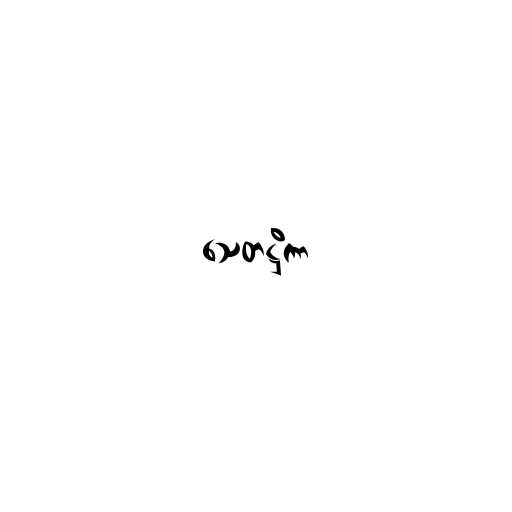
သေတဋ္ဌိကာ